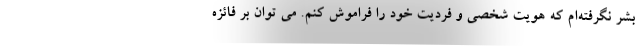
بشر نگرفته‌ام که هویت شخصی و فردیت خود را فراموش کنم. می توان بر فائزه